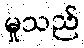
မှုသည်